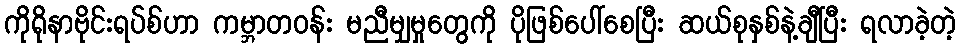
ကိုရိုနာဗိုင်းရပ်စ်ဟာ ကမ္ဘာတဝန်း မညီမျှမှုတွေကို ပိုဖြစ်ပေါ်စေပြီး ဆယ်စုနှစ်နဲ့ချီပြီး ရလာခဲ့တဲ့